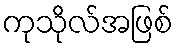
ကုသိုလ်အဖြစ်